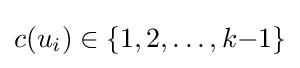
c(u_{i})\in \{1,2,\ldots ,k{-}1\}